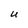
Character: U